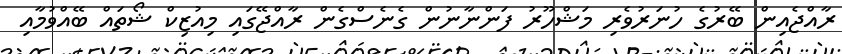
ރާއްޖެއިން ބޭރުގެ ހުނަރުވެރި މަޝްހޫރު ފަންނާނުން ގެނެސްގެން ރާއްޖޭގައި މިއުޒިކް ޝޯތައް ބޭއްވުމާއި